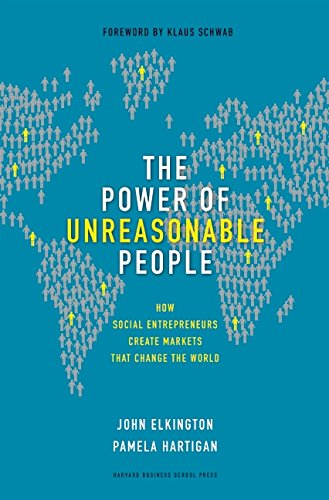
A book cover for The Power of Unreasonable People: How Social Entrepreneurs Create Markets That Change the World; John Elkington; Business & Money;